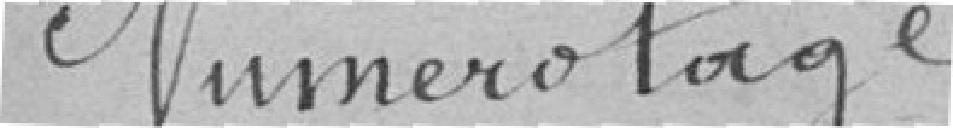
Numérotage